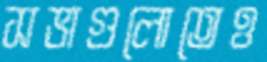
সভাগুলোতেও